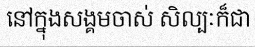
នៅក្នុងសង្គមចាស់ សិល្បៈក៏ជា